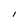
Character: l